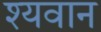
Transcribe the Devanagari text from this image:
श्यवान